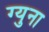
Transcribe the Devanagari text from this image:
ग्युना